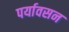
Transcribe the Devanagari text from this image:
पर्यावसन